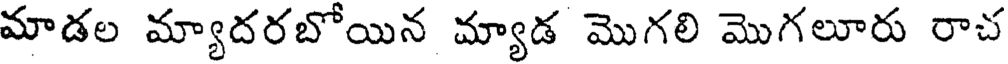
మాడల మ్యాదరబోయిన మ్యాడ మొగలి మొగలూరు రాచ